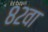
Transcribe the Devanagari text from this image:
८२वा